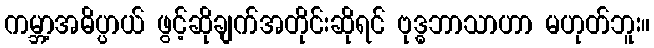
ကမ္ဘာ့အဓိပ္ပာယ် ဖွင့်ဆိုချက်အတိုင်းဆိုရင် ဗုဒ္ဓဘာသာဟာ မဟုတ်ဘူး။